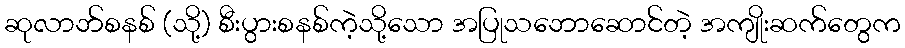
ဆုလာဘ်စနစ် (သို့) စီးပွားစနစ်ကဲ့သို့သော အပြုသဘောဆောင်တဲ့ အကျိုးဆက်တွေက